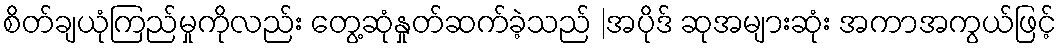
စိတ်ချယုံကြည်မှုကိုလည်း တွေ့ဆုံနှုတ်ဆက်ခဲ့သည် |အပိုဒ် ဆုအများဆုံး အကာအကွယ်ဖြင့်